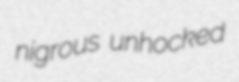
nigrous unhocked